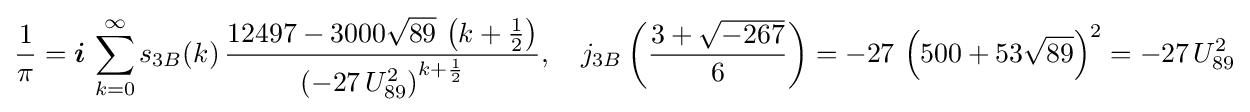
{\frac {1}{\pi }}={\boldsymbol {i}}\,\sum _{k=0}^{\infty }s_{3B}(k)\,{\frac {12497-3000{\sqrt {89}}\,\left(k+{\frac {1}{2}}\right)}{\left(-27\,U_{89}^{2}\right)^{k+{\frac {1}{2}}}}},\quad j_{3B}\left({\frac {3+{\sqrt {-267}}}{6}}\right)=-27\,\left(500+53{\sqrt {89}}\right)^{2}=-27\,U_{89}^{2}